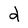
Character: d